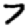
Digit: 7